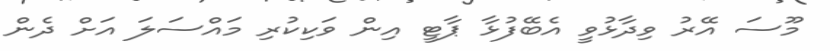
މޫސަ އޭރު ވިދާޅުވީ އެބޭފުޅާ ޕާޓީ އިން ވަކިކުރި މައްސަލަ އަށް ދެން